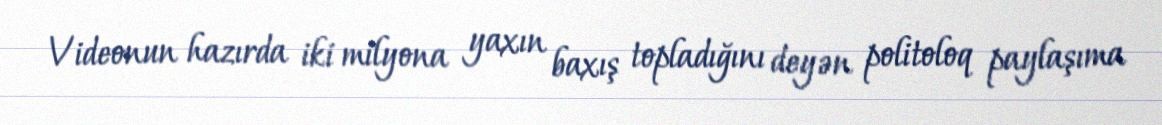
Videonun hazırda iki milyona yaxın baxış topladığını deyən politoloq paylaşıma